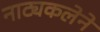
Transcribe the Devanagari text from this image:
नाट्यकलेने